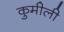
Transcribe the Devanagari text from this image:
कुमीली